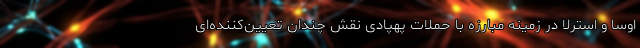
اوسا و استرلا در زمینه مبارزه با حملات پهپادی نقش چندان تعیین‌کننده‌ای